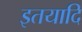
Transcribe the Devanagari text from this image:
इतयादि